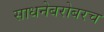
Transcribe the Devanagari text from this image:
साधनेबरोबरच